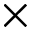
\times